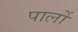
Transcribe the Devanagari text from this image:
पार्लो